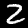
Label: 2